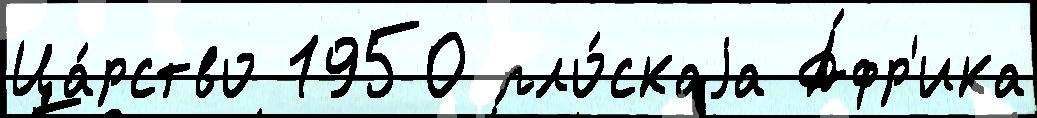
Ца́рство 1950 пло́скаjа А́фр'ика